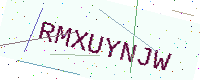
Text: RMXUYNJW